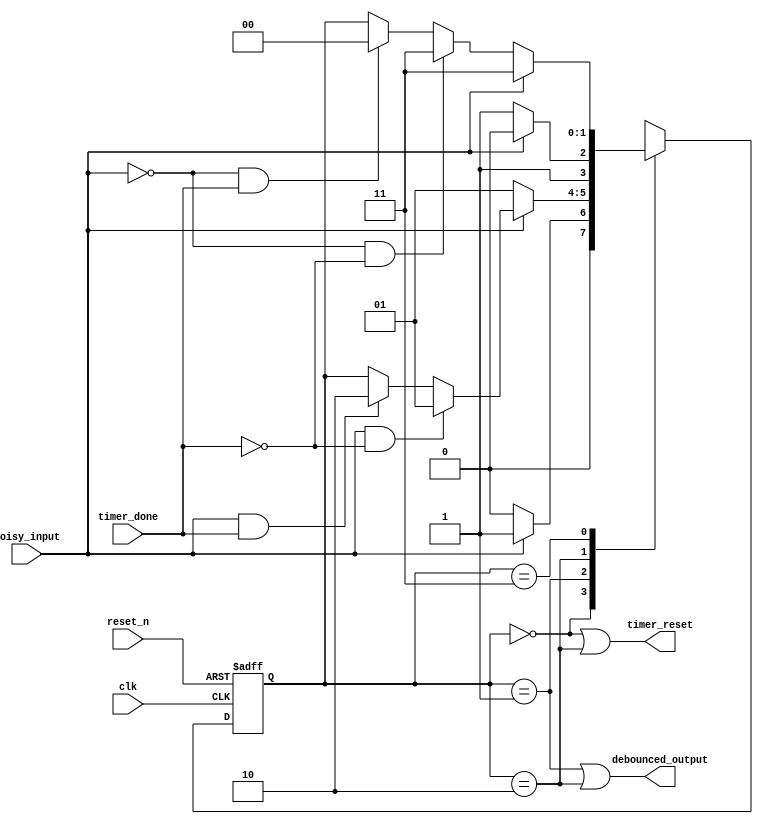
`timescale 1ns / 1ps
 
module debouncer_early_fsm(
    // MOORE FSM
    input clk,
    input reset_n,
    input noisy_input,
    input timer_done,
    output timer_reset,
    output debounced_output
    );
    
    reg [1 : 0] state_reg, state_next;
    
    parameter s0 = 0;
    parameter s1 = 1;
    parameter s2 = 2;
    parameter s3 = 3;
    
    // Sequential state register
    always @(posedge clk, negedge reset_n)
    begin
        if (~reset_n)
            state_reg <= 0;
        else
            state_reg <= state_next;
    end
    
    // Next state logic
    always @(*)
    begin
        state_next = state_reg;
        case(state_reg)
            s0: if (~noisy_input)
                    state_next = s0;
                else if (noisy_input)
                    state_next = s1;
            s1: if (~noisy_input)
                    state_next = s1;
                else if (noisy_input & ~timer_done)
                    state_next = s1;
                else if (noisy_input & timer_done)
                    state_next = s2;
            s2: if (~noisy_input)
                    state_next = s3;
                else if (noisy_input)
                    state_next = s2;
            s3: if (noisy_input)
                    state_next = s3;
                else if (~noisy_input & ~timer_done)
                    state_next = s3;
                else if (~noisy_input & timer_done)
                    state_next = s0;
            default: state_next = s0;                                             
        endcase
    end
    
    // Output logic
    assign timer_reset = (state_reg == s0) | (state_reg == s2);
    assign debounced_output = (state_reg == s1) | (state_reg == s2);
    
endmodule // DEBOUNCER_EARLY_FSM